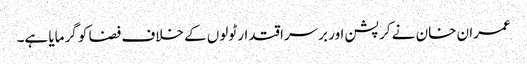
عمران خان نے کرپشن اور برسراقتدار ٹولوں کے خلاف فضا کو گرمایا ہے۔